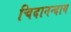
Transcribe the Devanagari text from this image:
चिदानन्दाय